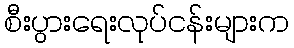
စီးပွားရေးလုပ်ငန်းများက